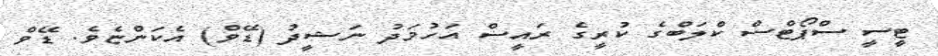
ޓީސީ ސްްްޕޯޓްސް ކްލަބްގެ ކުރީގެ ރައީސް އަހުމަދު ނަޝީދު (ޑޭވް) އެކަންޏެވެ. ޑޭވް